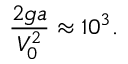
\frac { 2 g a } { V _ { 0 } ^ { 2 } } \approx 1 0 ^ { 3 } .